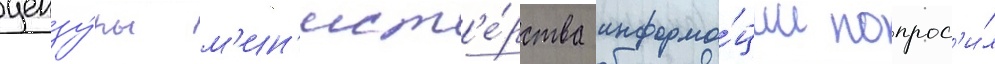
цензу́ры м'ин'ист'е́рства информа́ции попрос'и́л